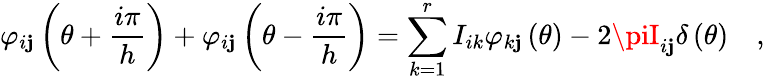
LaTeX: \varphi_{i\mathbf{j}}\left(\theta+\frac{{i\pi}}{{h}}\right)+\varphi_{i\mathbf{j}}\left(\theta-\frac{{i\pi}}{{h}}\right)=\sum_{k=1}^{r}I_{ik}\varphi_{k\mathbf{j}}\left(\theta\right)-2\piI_{i\mathbf{j}}\delta\left(\theta\right)\quad,